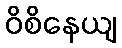
ဝိစိနေယျ